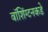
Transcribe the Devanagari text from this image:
वॉशिंग्टनकडे